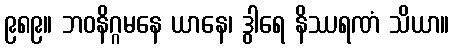
၉၈၉။ ဘဝနိဂ္ဂမနေ ယာနေ၊ ဒွါရေ နိဿရဏံ သိယာ။